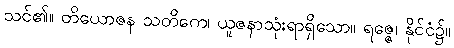
သင်၏။ တိယောဇန သတိကေ၊ ယူဇနာသုံးရာရှိသော။ ရဇ္ဇေ၊ နိုင်ငံ၌။